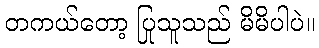
တကယ်တော့ ပြုသူသည် မိမိပါပဲ။